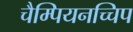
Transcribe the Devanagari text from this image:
चैम्पियनच्चिप